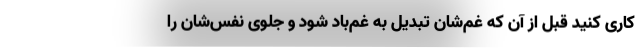
کاری کنید قبل از آن که غم‌شان تبدیل به غم‌باد شود و جلوی نفس‌شان را